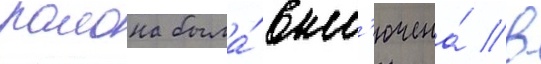
раиона была́ вкл'ючена́ в